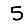
Digit: 5